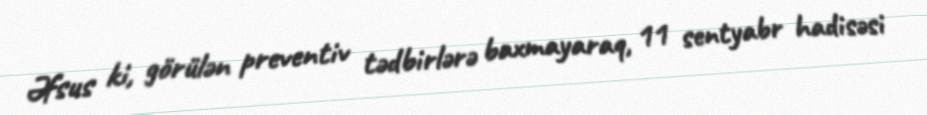
Əfsus ki, görülən preventiv tədbirlərə baxmayaraq, 11 sentyabr hadisəsi